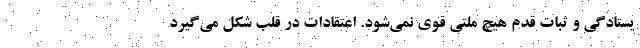
یستادگی و ثبات قدم هیچ ملتی قوی نمی‌شود. اعتقادات در قلب شکل می‌گیرد